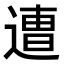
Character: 𮞸